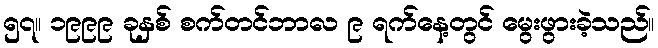
၅၇။ ၁၉၉၉ ခုနှစ် စက်တင်ဘာလ ၉ ရက်နေ့တွင် မွေးဖွားခဲ့သည်။